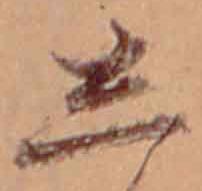
し